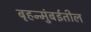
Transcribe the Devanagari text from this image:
बृहन्मुंबईतील